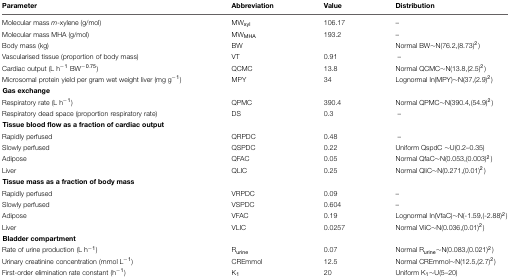
<table><thead><tr><td><b>Parameter</b></td><td><b>Abbreviation</b></td><td><b>Value</b></td><td><b>Distribution</b></td></tr></thead><tbody><tr><td>Molecular mass <i>m</i>-xylene (g/mol)</td><td>MW<sub>xyl</sub></td><td>106.17</td><td>–</td></tr><tr><td>Molecular mass MHA (g/mol)</td><td>MW<sub>MHA</sub></td><td>193.2</td><td>–</td></tr><tr><td>Body mass (kg)</td><td>BW</td><td></td><td>Normal BW∼N(76.2,(8.73)<sup>2</sup>)</td></tr><tr><td>Vascularised tissue (proportion of body mass)</td><td>VT</td><td>0.91</td><td>–</td></tr><tr><td>Cardiac output (L h<sup>-1</sup> BW<sup>-0.75</sup>)</td><td>QCMC</td><td>13.8</td><td>Normal QCMC∼N(13.8,(2.5)<sup>2</sup>)</td></tr><tr><td>Microsomal protein yield per gram wet weight liver (mg g<sup>-1</sup>)</td><td>MPY</td><td>34</td><td>Lognormal ln(MPY)∼N(37,(2.9)<sup>2</sup>)</td></tr><tr><td colspan="3"><b>Gas exchange</b></td></tr><tr><td>Respiratory rate (L h<sup>-1</sup>)</td><td>QPMC</td><td>390.4</td><td>Normal QPMC∼N(390.4,(54.9)<sup>2</sup>)</td></tr><tr><td>Respiratory dead space (proportion respiratory rate)</td><td>DS</td><td>0.3</td><td>–</td></tr><tr><td colspan="3"><b>Tissue blood flow as a fraction of cardiac output</b></td></tr><tr><td>Rapidly perfused</td><td>QRPDC</td><td>0.48</td><td>–</td></tr><tr><td>Slowly perfused</td><td>QSPDC</td><td>0.22</td><td>Uniform QspdC ∼U(0.2–0.35)</td></tr><tr><td>Adipose</td><td>QFAC</td><td>0.05</td><td>Normal QfaC∼N(0.053,(0.003)<sup>2</sup>)</td></tr><tr><td>Liver</td><td>QLIC</td><td>0.25</td><td>Normal QliC∼N(0.271,(0.01)<sup>2</sup>)</td></tr><tr><td colspan="3"><b>Tissue mass as a fraction of body mass</b></td></tr><tr><td>Rapidly perfused</td><td>VRPDC</td><td>0.09</td><td>–</td></tr><tr><td>Slowly perfused</td><td>VSPDC</td><td>0.604</td><td>–</td></tr><tr><td>Adipose</td><td>VFAC</td><td>0.19</td><td>Lognormal ln(VfaC)∼N(-1.59,(-2.88)<sup>2</sup>)</td></tr><tr><td>Liver</td><td>VLIC</td><td>0.0257</td><td>Normal VliC∼N(0.036,(0.01)<sup>2</sup>)</td></tr><tr><td colspan="3"><b>Bladder compartment</b></td></tr><tr><td>Rate of urine production (L h<sup>-1</sup>)</td><td>R<sub>urine</sub></td><td>0.07</td><td>Normal R<sub>urine</sub>∼N(0.083,(0.021)<sup>2</sup>)</td></tr><tr><td>Urinary creatinine concentration (mmol L<sup>-1</sup>)</td><td>CREmmol</td><td>12.5</td><td>Normal CREmmol∼N(12.5,(2.7)<sup>2</sup>)</td></tr><tr><td>First-order elimination rate constant (h<sup>-1</sup>)</td><td>K<sub>1</sub></td><td>20</td><td>Uniform K<sub>1</sub>∼U(5–20)</td></tr></tbody></table>